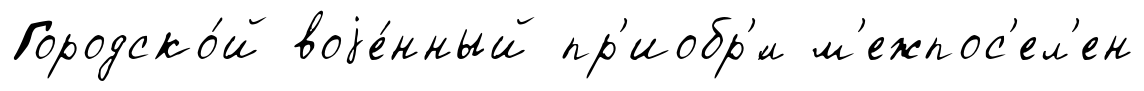
Городско́й воjе́нный пр'иобр'́л м'ежпос'ел'ен